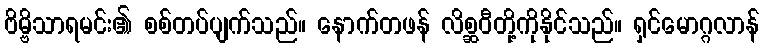
ဗိမ္ဗိသာရမင်း၏ စစ်တပ်ပျက်သည်။ နောက်တဖန် လိစ္ဆဝီတို့ကိုနိုင်သည်။ ရှင်မောဂ္ဂလာန်